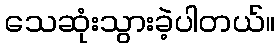
သေဆုံးသွားခဲ့ပါတယ်။